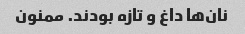
نان‌ها داغ و تازه بودند. ممنون